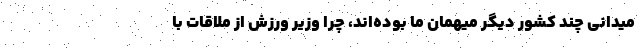
میدانی چند کشور دیگر میهمان ما بوده‌اند، چرا وزیر ورزش از ملاقات با